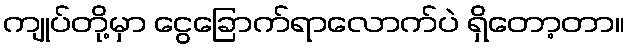
ကျုပ်တို့မှာ ငွေခြောက်ရာလောက်ပဲ ရှိတော့တာ။